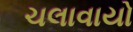
ચલાવાયો